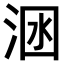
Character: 𣴺